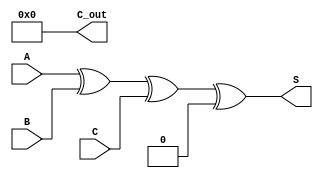
module carry_save_adder #(
    parameter N = 8 // Width of the inputs
)(
    input  [N-1:0] A, // First input
    input  [N-1:0] B, // Second input
    input  [N-1:0] C, // Third input
    output [N-1:0] S, // Sum output
    output [N:0] C_out // Carry output (N+1 bits to accommodate carry)
);

// Carry Save Stage
wire [N-1:0] sum;
wire [N-1:0] carry;

// Calculate the sum using XOR
assign sum = A ^ B ^ C;

// Calculate the carry using majority function
assign carry = (A & B) | (B & C) | (C & A);

// Carry Propagation Stage
wire [N:0] carry_propagated; // Intermediate carry for propagation
assign carry_propagated[0] = 0; // Initial carry-in is 0

// Ripple carry adder for final sum
genvar i;
generate
    for (i = 0; i < N; i = i + 1) begin : rca
        assign carry_propagated[i + 1] = (sum[i] & carry_propagated[i]) | (carry[i] & carry_propagated[i]);
    end
endgenerate

// Final Sum Output
assign S = sum ^ carry_propagated[N-1:0]; // Final sum is the XOR of sum and propagated carry
assign C_out = carry_propagated[N]; // Final carry output

endmodule